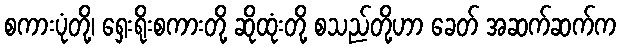
စကားပုံတို့၊ ရှေးရိုးစကားတို့ ဆိုထုံးတို့ စသည်တို့ဟာ ခေတ် အဆက်ဆက်က